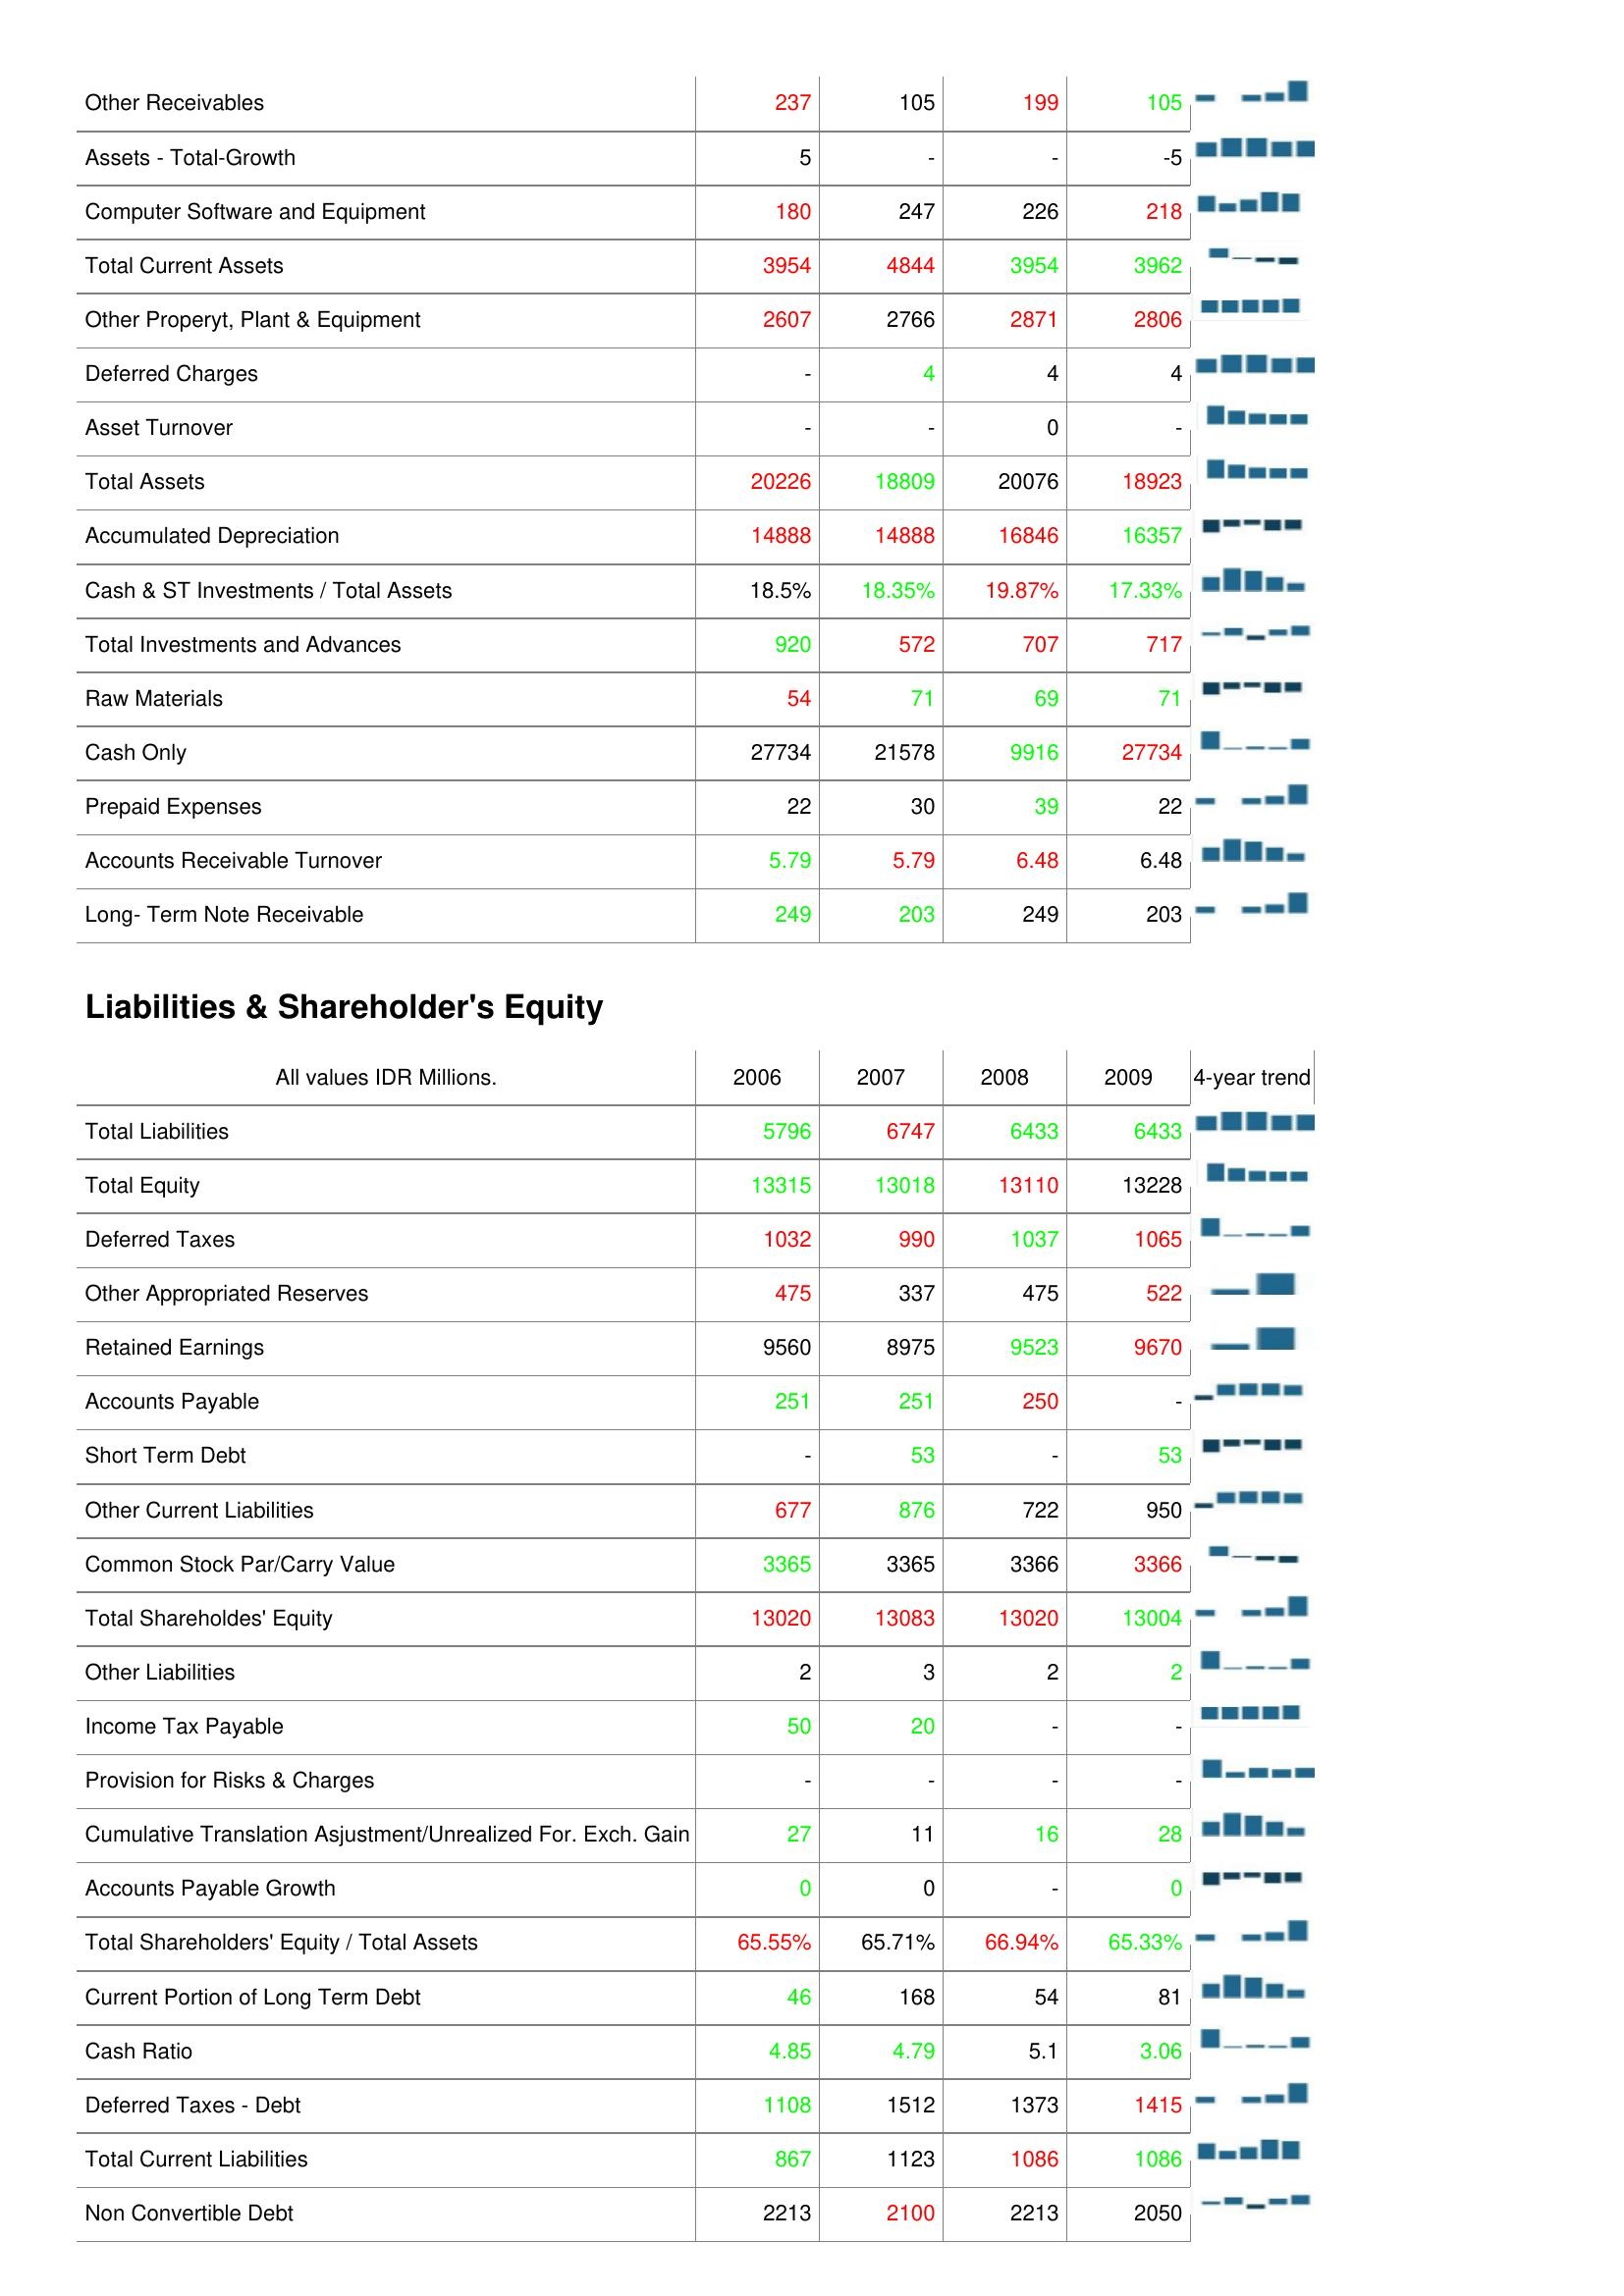
2006: Assets: Other Receivables: 237
Assets - Total-Growth: 5
Computer Software and Equipment: 180
Total Current Assets: 3954
Other Properyt, Plant & Equipment: 2607
Deferred Charges: -
Asset Turnover: -
Total Assets: 20226
Accumulated Depreciation: 14888
Cash & ST Investments / Total Assets: 18.5%
Total Investments and Advances: 920
Raw Materials: 54
Cash Only: 27734
Prepaid Expenses: 22
Accounts Receivable Turnover: 5.79
Long- Term Note Receivable: 249
Liabilities & Shareholder's Equity: Total Liabilities: 5796
Total Equity: 13315
Deferred Taxes: 1032
Other Appropriated Reserves: 475
Retained Earnings: 9560
Accounts Payable: 251
Short Term Debt: -
Other Current Liabilities: 677
Common Stock Par/Carry Value: 3365
Total Shareholdes' Equity: 13020
Other Liabilities: 2
Income Tax Payable: 50
Provision for Risks & Charges: -
Cumulative Translation Asjustment/Unrealized For. Exch. Gain: 27
Accounts Payable Growth: 0
Total Shareholders' Equity / Total Assets: 65.55%
Current Portion of Long Term Debt: 46
Cash Ratio: 4.85
Deferred Taxes - Debt: 1108
Total Current Liabilities: 867
Non Convertible Debt: 2213
2007: Assets: Other Receivables: 105
Assets - Total-Growth: -
Computer Software and Equipment: 247
Total Current Assets: 4844
Other Properyt, Plant & Equipment: 2766
Deferred Charges: 4
Asset Turnover: -
Total Assets: 18809
Accumulated Depreciation: 14888
Cash & ST Investments / Total Assets: 18.35%
Total Investments and Advances: 572
Raw Materials: 71
Cash Only: 21578
Prepaid Expenses: 30
Accounts Receivable Turnover: 5.79
Long- Term Note Receivable: 203
Liabilities & Shareholder's Equity: Total Liabilities: 6747
Total Equity: 13018
Deferred Taxes: 990
Other Appropriated Reserves: 337
Retained Earnings: 8975
Accounts Payable: 251
Short Term Debt: 53
Other Current Liabilities: 876
Common Stock Par/Carry Value: 3365
Total Shareholdes' Equity: 13083
Other Liabilities: 3
Income Tax Payable: 20
Provision for Risks & Charges: -
Cumulative Translation Asjustment/Unrealized For. Exch. Gain: 11
Accounts Payable Growth: 0
Total Shareholders' Equity / Total Assets: 65.71%
Current Portion of Long Term Debt: 168
Cash Ratio: 4.79
Deferred Taxes - Debt: 1512
Total Current Liabilities: 1123
Non Convertible Debt: 2100
2008: Assets: Other Receivables: 199
Assets - Total-Growth: -
Computer Software and Equipment: 226
Total Current Assets: 3954
Other Properyt, Plant & Equipment: 2871
Deferred Charges: 4
Asset Turnover: 0
Total Assets: 20076
Accumulated Depreciation: 16846
Cash & ST Investments / Total Assets: 19.87%
Total Investments and Advances: 707
Raw Materials: 69
Cash Only: 9916
Prepaid Expenses: 39
Accounts Receivable Turnover: 6.48
Long- Term Note Receivable: 249
Liabilities & Shareholder's Equity: Total Liabilities: 6433
Total Equity: 13110
Deferred Taxes: 1037
Other Appropriated Reserves: 475
Retained Earnings: 9523
Accounts Payable: 250
Short Term Debt: -
Other Current Liabilities: 722
Common Stock Par/Carry Value: 3366
Total Shareholdes' Equity: 13020
Other Liabilities: 2
Income Tax Payable: -
Provision for Risks & Charges: -
Cumulative Translation Asjustment/Unrealized For. Exch. Gain: 16
Accounts Payable Growth: -
Total Shareholders' Equity / Total Assets: 66.94%
Current Portion of Long Term Debt: 54
Cash Ratio: 5.1
Deferred Taxes - Debt: 1373
Total Current Liabilities: 1086
Non Convertible Debt: 2213
2009: Assets: Other Receivables: 105
Assets - Total-Growth: -5
Computer Software and Equipment: 218
Total Current Assets: 3962
Other Properyt, Plant & Equipment: 2806
Deferred Charges: 4
Asset Turnover: -
Total Assets: 18923
Accumulated Depreciation: 16357
Cash & ST Investments / Total Assets: 17.33%
Total Investments and Advances: 717
Raw Materials: 71
Cash Only: 27734
Prepaid Expenses: 22
Accounts Receivable Turnover: 6.48
Long- Term Note Receivable: 203
Liabilities & Shareholder's Equity: Total Liabilities: 6433
Total Equity: 13228
Deferred Taxes: 1065
Other Appropriated Reserves: 522
Retained Earnings: 9670
Accounts Payable: -
Short Term Debt: 53
Other Current Liabilities: 950
Common Stock Par/Carry Value: 3366
Total Shareholdes' Equity: 13004
Other Liabilities: 2
Income Tax Payable: -
Provision for Risks & Charges: -
Cumulative Translation Asjustment/Unrealized For. Exch. Gain: 28
Accounts Payable Growth: 0
Total Shareholders' Equity / Total Assets: 65.33%
Current Portion of Long Term Debt: 81
Cash Ratio: 3.06
Deferred Taxes - Debt: 1415
Total Current Liabilities: 1086
Non Convertible Debt: 2050